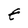
Character: t